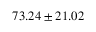
7 3 . 2 4 \pm 2 1 . 0 2